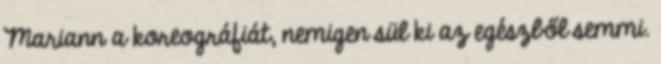
Mariann a koreográfiát, nemigen sül ki az egészből semmi.